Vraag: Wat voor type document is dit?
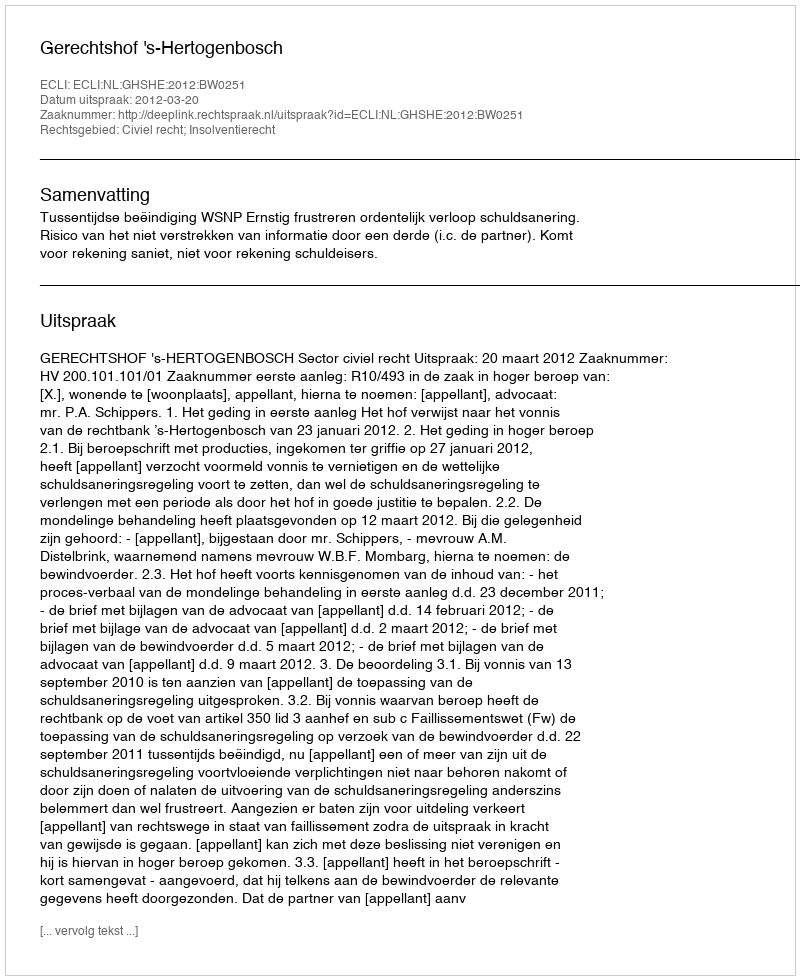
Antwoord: Uitspraak